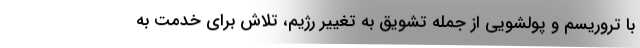
با تروریسم و پولشویی از جمله تشویق به تغییر رژیم، تلاش برای خدمت به